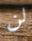
لن